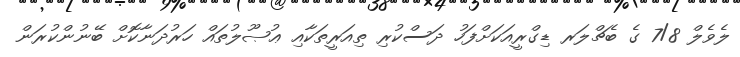
ލެވެލް 7/8 ގެ ބެޗްލަރ ޑިގްރީއަކަށްފަހު ދަސްކުރި ތިއަރީތަކާއި ޢުޞޫލުތައް ހަރުދަނާކޮށް ބޭނުންކުރަން